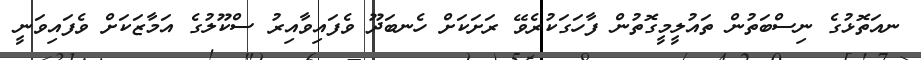
ނއަތޮޅުގެ ނިސްބަތުން ތައުލީމީގޮތުން ފާހަގަކުރެވޭ ރަށަކަށް ހެނބަދޫ ވެފައިވާއިރު ސްކޫލުގެ އަމާޒަކަށް ވެފައިވަނީ